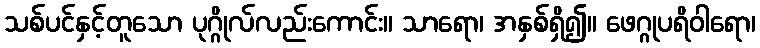
သစ်ပင်နှင့်တူသော ပုဂ္ဂိုလ်လည်းကောင်း။ သာရော၊ အနှစ်ရှိ၍။ ဖေဂ္ဂုပရိဝါရော၊